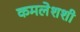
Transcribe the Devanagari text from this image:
कमलेशशी